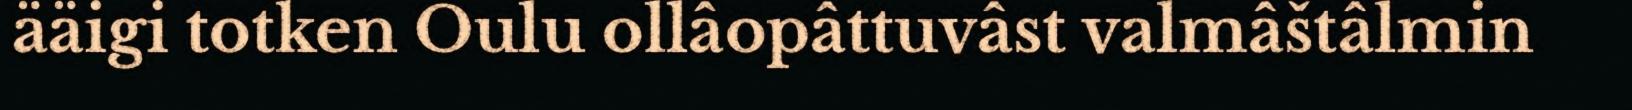
ääigi totken Oulu ollâopâttuvâst valmâštâlmin